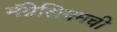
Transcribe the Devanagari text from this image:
मॅग्नेशियमची